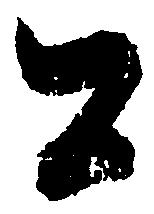
公